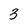
Character: 3